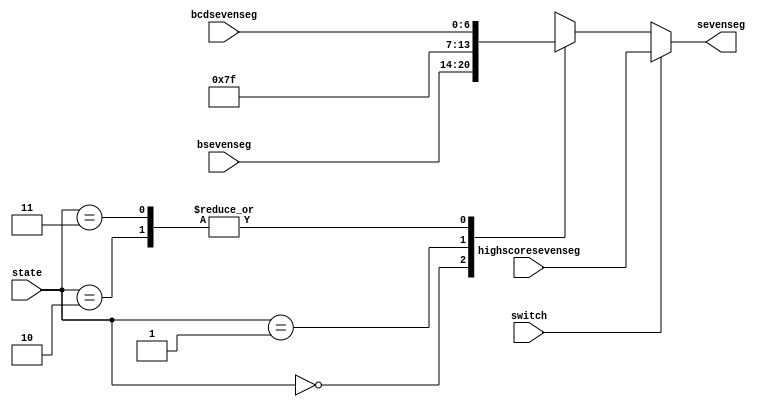
module mux(bcdsevenseg, bsevenseg, highscoresevenseg, state, switch, sevenseg);
	input switch;
	input [6:0] bcdsevenseg;
	input [6:0] bsevenseg;
	input [6:0] highscoresevenseg;
	input [1:0] state;
	output reg [6:0] sevenseg;
	
	always @ *
		begin
			if (switch == 1)
				begin
					sevenseg = highscoresevenseg;
				end
				
			else
				begin
					case (state)
						0:
							sevenseg = bsevenseg;
						1:
							sevenseg = 7'b1111111;
						2:
							sevenseg = bcdsevenseg;
						3:
							sevenseg = bcdsevenseg;
					endcase
				end
		end
endmodule